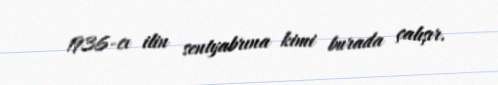
1936-cı ilin sentyabrına kimi burada çalışır.